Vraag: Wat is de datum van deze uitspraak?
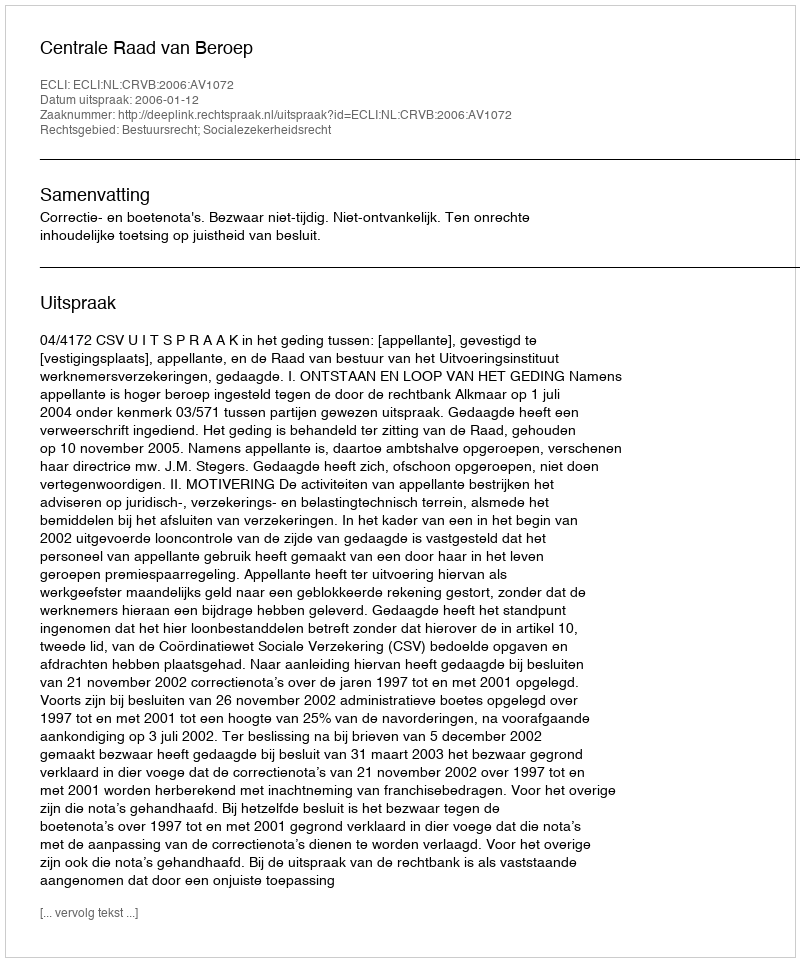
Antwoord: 2006-01-12